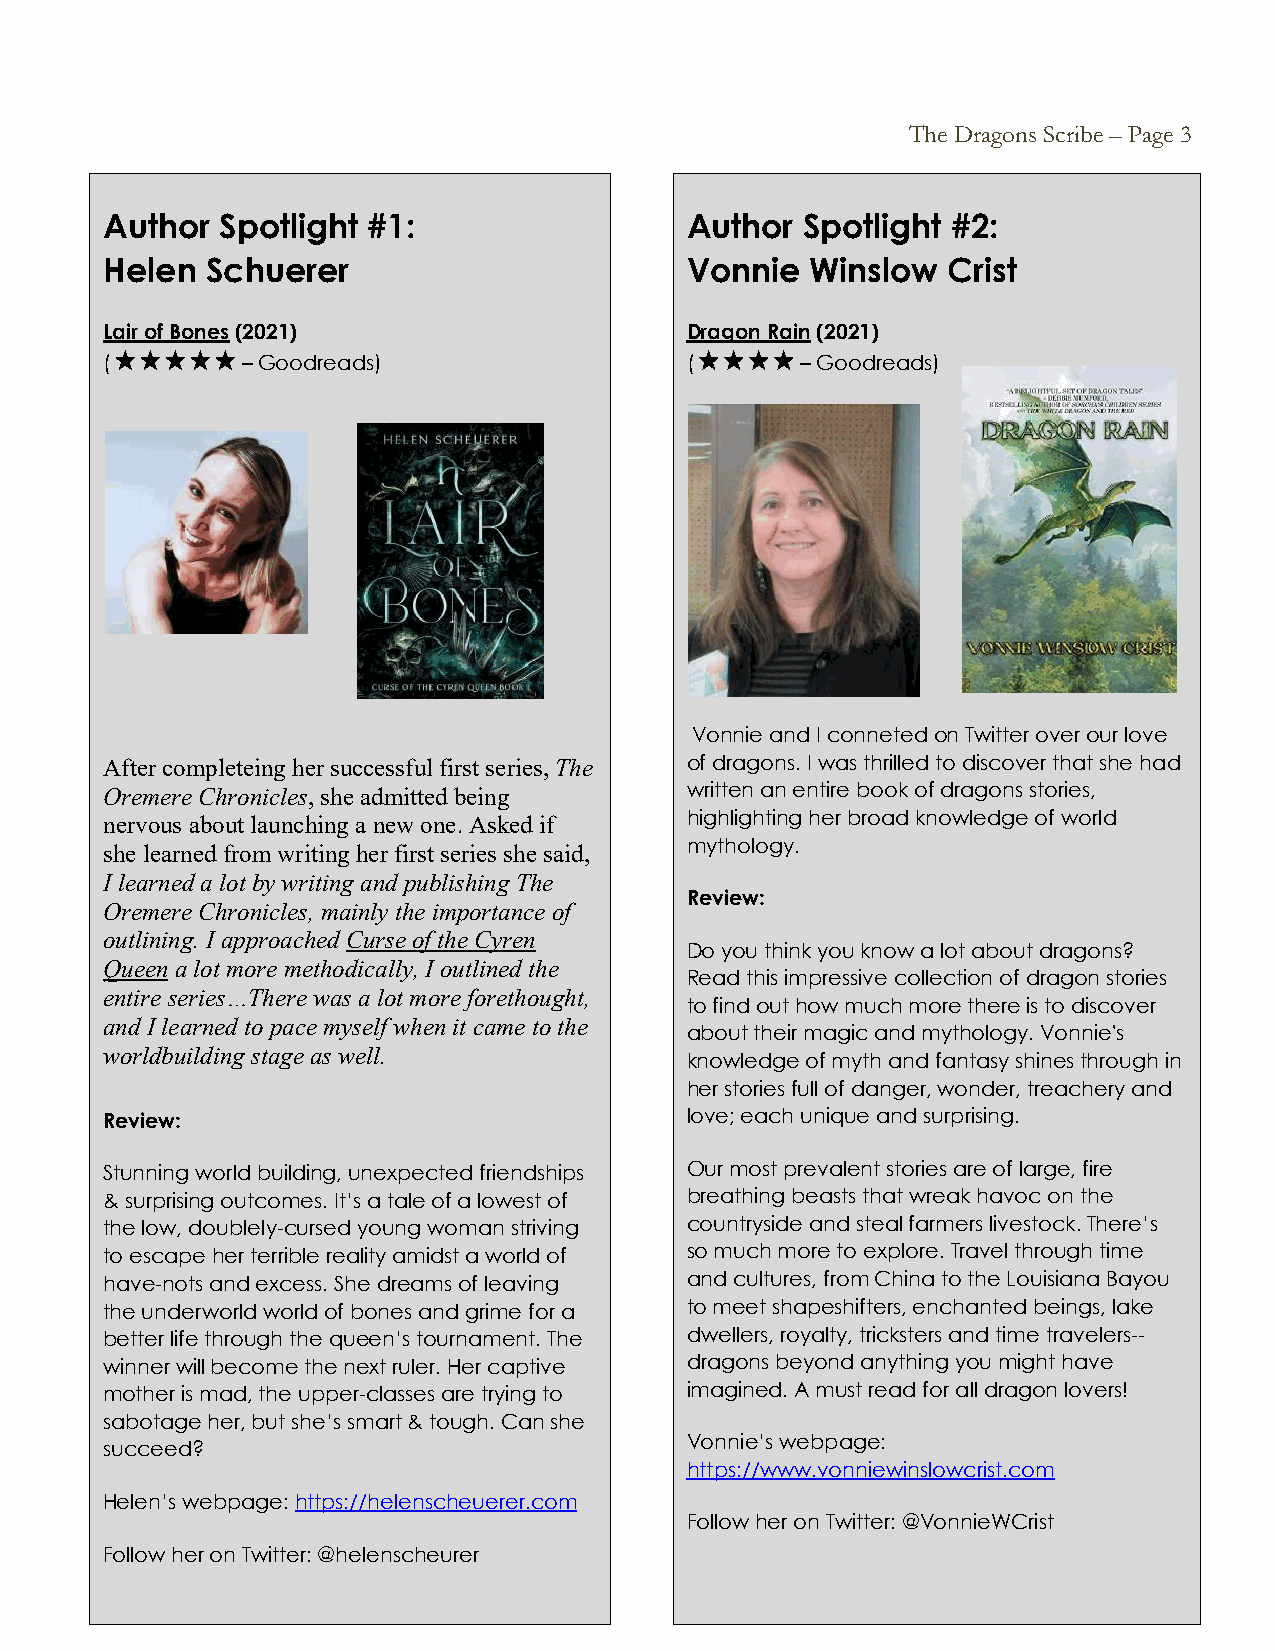
The Dragons Scribe – Page 3
 Author  Spotlight #1:                 Author  Spotlight #2:
 Helen  Schuerer                       Vonnie   Winslow  Crist
 Lair of Bones (2021)                  Dragon Rain (2021)
 (        – Goodreads)                 (       – Goodreads)
 Vonnie and I conneted on Twitter over our love
 After completeing her successful first series, The of dragons. I was thrilled to discover that she had
 Oremere Chronicles, she admitted being written an entire book of dragons stories,
 nervous about launching a new one. Asked if highlighting her broad knowledge of world
 she learned from writing her first series she said,
 mythology.
 I learned a lot by writing and publishing The
 Oremere Chronicles, mainly the importance of
 Review:
 outlining. I approached Curse of the Cyren
 Do you think you know a lot about dragons?
 Queen a lot more methodically, I outlined the
 Read this impressive collection of dragon stories
 entire series…There was a lot more forethought,
 to find out how much more there is to discover
 and I learned to pace myself when it came to the
 about their magic and mythology. Vonnie's
 worldbuilding stage as well.
 knowledge of myth and fantasy shines through in
 her stories full of danger, wonder, treachery and
 Review:                               love; each unique and surprising.
 Stunning world building, unexpected friendships Our most prevalent stories are of large, fire
 & surprising outcomes. It’s a tale of a lowest of breathing beasts that wreak havoc on the
 the low, doublely-cursed young woman striving countryside and steal farmers livestock. There’s
 to escape her terrible reality amidst a world of so much more to explore. Travel through time
 have-nots and excess. She dreams of leaving and cultures, from China to the Louisiana Bayou
 the underworld world of bones and grime for a to meet shapeshifters, enchanted beings, lake
 better life through the queen’s tournament. The dwellers, royalty, tricksters and time travelers--
 winner will become the next ruler. Her captive dragons beyond anything you might have
 mother is mad, the upper-classes are trying to imagined. A must read for all dragon lovers!
 sabotage her, but she’s smart & tough. Can she
 Vonnie’s webpage:
 succeed?
 https://www.vonniewinslowcrist.com
 Helen’s webpage: https://helenscheuerer.com
 Follow her on Twitter: @VonnieWCrist
 Follow her on Twitter: @helenscheurer
 3